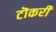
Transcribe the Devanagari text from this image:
टॊकरी